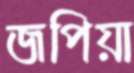
জপিয়া